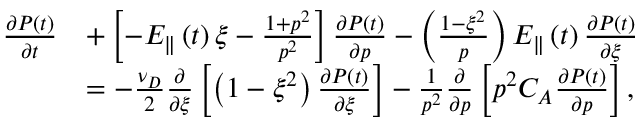
\begin{array} { r l } { \frac { \partial P \left( t \right) } { \partial t } } & { + \left[ - E _ { \Vert } \left( t \right) \xi - \frac { 1 + p ^ { 2 } } { p ^ { 2 } } \right] \frac { \partial P \left( t \right) } { \partial p } - \left( \frac { 1 - \xi ^ { 2 } } { p } \right) E _ { \Vert } \left( t \right) \frac { \partial P \left( t \right) } { \partial \xi } } \\ & { = - \frac { \nu _ { D } } { 2 } \frac { \partial } { \partial \xi } \left[ \left( 1 - \xi ^ { 2 } \right) \frac { \partial P \left( t \right) } { \partial \xi } \right] - \frac { 1 } { p ^ { 2 } } \frac { \partial } { \partial p } \left[ p ^ { 2 } C _ { A } \frac { \partial P \left( t \right) } { \partial p } \right] , } \end{array}